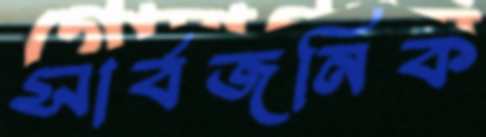
সার্বজনিক